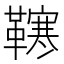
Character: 𩍎